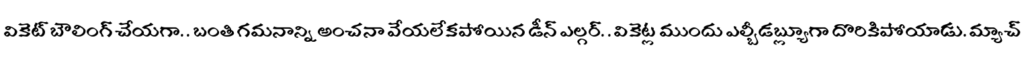
వికెట్ బౌలింగ్ చేయగా. . బంతి గమనాన్ని అంచనా వేయలేకపోయిన డీన్ ఎల్గర్. . వికెట్ల ముందు ఎల్బీడబ్ల్యూగా దొరికిపోయాడు. మ్యాచ్